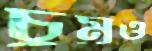
চুম্‌রও